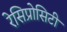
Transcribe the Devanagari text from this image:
रेसिप्रोसिटी